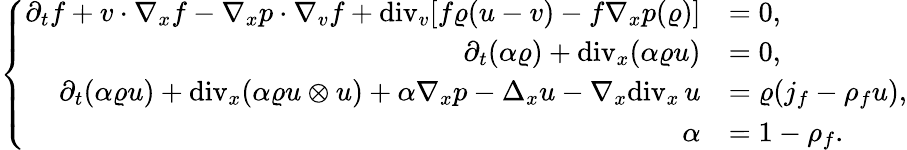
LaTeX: \left\{ \begin{array}{rl}{\partial_{t}f+v\cdot\nabla_{x}f-\nabla_{x}p\cdot\nabla_{v}f+\mathrm{div}_{v}[f\varrho(u-v)-f\nabla_{x}p(\varrho)]}&{=0,}\\ {\partial_{t}(\alpha\varrho)+\mathrm{div}_{x}(\alpha\varrho u)}&{=0,}\\ {\partial_{t}(\alpha\varrho u)+\mathrm{div}_{x}(\alpha\varrho u\otimes u)+\alpha\nabla_{x}p-\Delta_{x}u-\nabla_{x}\mathrm{div}_{x}\, u}&{=\varrho(j_{f}-\rho_{f}u),}\\ {\alpha}&{=1-\rho_{f}.}\end{array}\right.